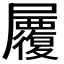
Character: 𡳷